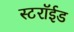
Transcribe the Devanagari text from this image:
स्टरॉईड